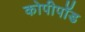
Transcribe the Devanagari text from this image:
कोपीपॉड